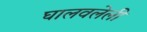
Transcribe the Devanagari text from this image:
घालवलेली